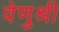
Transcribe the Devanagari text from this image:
वेणुश्री